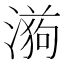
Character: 𭲉